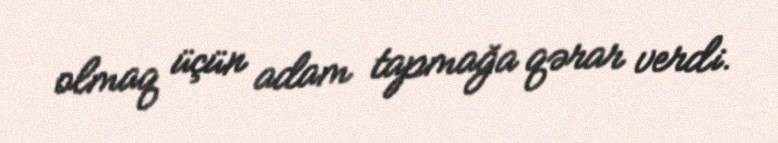
olmaq üçün adam tapmağa qərar verdi.